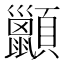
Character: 𫖩